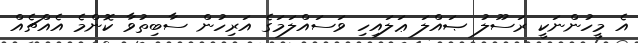
އެ މީހުންނަކީ ރަސޫލު ޞައްލަ ޢަލައިހި ވަސައްލަމަގެ އަރިހުން ސާބިތުވާ ކޮންމެ އެއްޗެއް